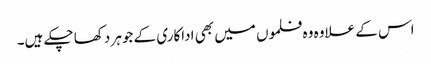
اس کے علاوہ وہ فلموں میں بھی اداکاری کے جوہر دکھا چکے ہیں۔